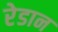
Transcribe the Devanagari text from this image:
रेडान